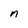
Character: n